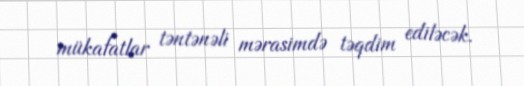
mükafatlar təntənəli mərasimdə təqdim ediləcək.